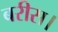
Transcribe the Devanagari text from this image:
बरीस।